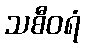
သစီဝရံ